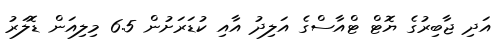
އަދި ޖާބިރުގެ ޔޮޓް ޓްއާސްގެ އަލިދު އާއި ކުޑަރަށުން 6.5 މިލިއަން ޑޮލަރު